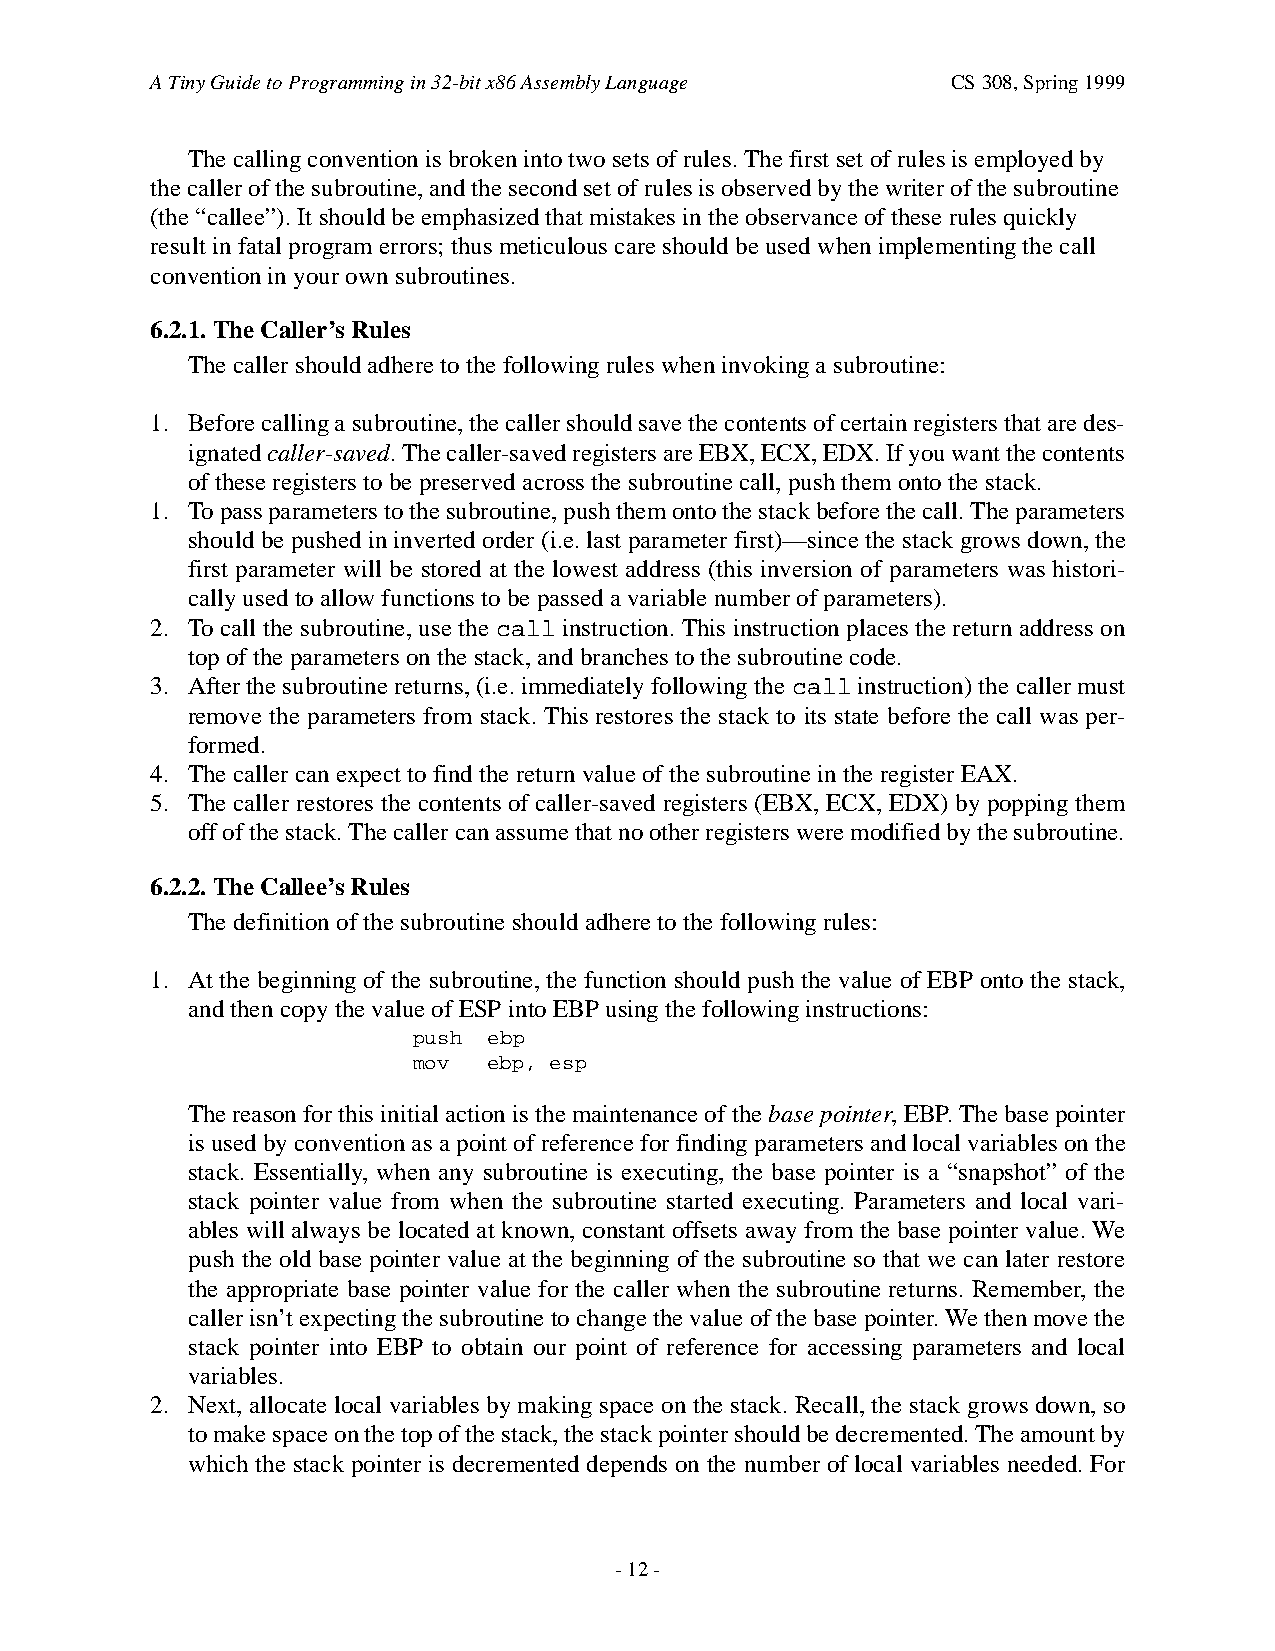
A Tiny Guide to Programming in 32-bit x86 Assembly Language CS 308, Spring 1999
 The calling convention is broken into two sets of rules. The first set of rules is employed by
 the caller of the subroutine, and the second set of rules is observed by the writer of the subroutine
 (the “callee”). It should be emphasized that mistakes in the observance of these rules quickly
 result in fatal program errors; thus meticulous care should be used when implementing the call
 convention in your own subroutines.
 6.2.1. The Caller’s Rules
 The caller should adhere to the following rules when invoking a subroutine:
 1. Before calling a subroutine, the caller should save the contents of certain registers that are des-
 ignated caller-saved. The caller-saved registers are EBX, ECX, EDX. If you want the contents
 of these registers to be preserved across the subroutine call, push them onto the stack.
 1. To pass parameters to the subroutine, push them onto the stack before the call. The parameters
 should be pushed in inverted order (i.e. last parameter first)—since the stack grows down, the
 first parameter will be stored at the lowest address (this inversion of parameters was histori-
 cally used to allow functions to be passed a variable number of parameters).
 2. To call the subroutine, use the call instruction. This instruction places the return address on
 top of the parameters on the stack, and branches to the subroutine code.
 3. After the subroutine returns, (i.e. immediately following the call instruction) the caller must
 remove the parameters from stack. This restores the stack to its state before the call was per-
 formed.
 4. The caller can expect to find the return value of the subroutine in the register EAX.
 5. The caller restores the contents of caller-saved registers (EBX, ECX, EDX) by popping them
 off of the stack. The caller can assume that no other registers were modified by the subroutine.
 6.2.2. The Callee’s Rules
 The definition of the subroutine should adhere to the following rules:
 1. At the beginning of the subroutine, the function should push the value of EBP onto the stack,
 and then copy the value of ESP into EBP using the following instructions:
 push ebp
 mov  ebp, esp
 The reason for this initial action is the maintenance of the base pointer, EBP. The base pointer
 is used by convention as a point of reference for finding parameters and local variables on the
 stack. Essentially, when any subroutine is executing, the base pointer is a “snapshot” of the
 stack pointer value from when the subroutine started executing. Parameters and local vari-
 ables will always be located at known, constant offsets away from the base pointer value. We
 push the old base pointer value at the beginning of the subroutine so that we can later restore
 the appropriate base pointer value for the caller when the subroutine returns. Remember, the
 caller isn’t expecting the subroutine to change the value of the base pointer. We then move the
 stack pointer into EBP to obtain our point of reference for accessing parameters and local
 variables.
 2. Next, allocate local variables by making space on the stack. Recall, the stack grows down, so
 to make space on the top of the stack, the stack pointer should be decremented. The amount by
 which the stack pointer is decremented depends on the number of local variables needed. For
 - 12 -